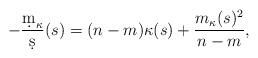
LaTeX: \begin{align*}-\frac{\d m_{\kappa}}{\d s}(s)=(n-m)\kappa(s)+\frac{m_{\kappa}(s)^2}{n-m},\end{align*}